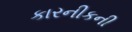
કારનીકની